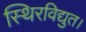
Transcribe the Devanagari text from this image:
स्थिरविद्युत।